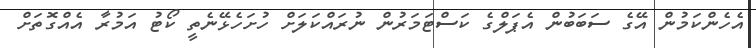
އެހެންކަމުން އޭގެ ސަބަބުން އެޕަލްގެ ކަސްޓަމަރުން ނުރައްކަލަށް ހުށަހެޅޭނެތީ ކޯޓު އަމުރާ އެއްގޮތަށް